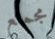
مجمع